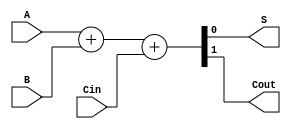
`timescale 1ns / 1ps
// Full Adder Module
module FA (
    A, B, Cin, S, Cout
);
    input A, B, Cin; // Addend, Augend and Carry In
    output S, Cout; // Sum and Carry Out

    assign {Cout, S} = A + B + Cin;
    
endmodule